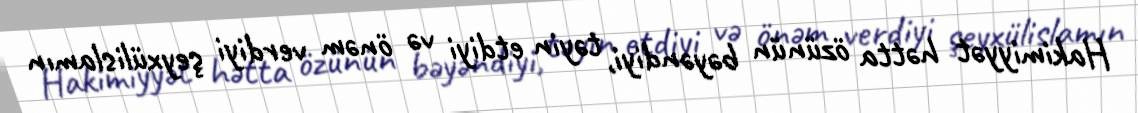
Hakimiyyət hətta özünün bəyəndiyi, təyin etdiyi və önəm verdiyi şeyxülislamın